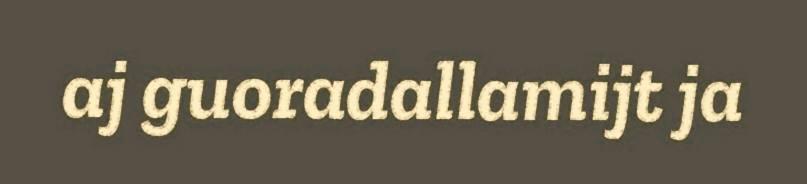
aj guoradallamijt ja